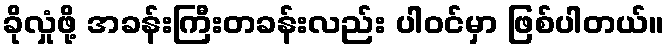
ခိုလှုံဖို့ အခန်းကြီးတခန်းလည်း ပါဝင်မှာ ဖြစ်ပါတယ်။